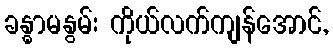
ခန္ဓာမနွမ်း ကိုယ်လက်ကျန်အောင်,